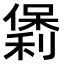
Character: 𫣯